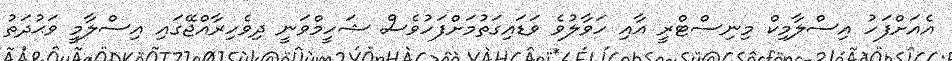
އެއަށްފަހު އިސްލާމިކް މިނިސްޓްރީ އާއި ހަވާލުވެ ވަޑައިގަތުމަށްފަހުވެސް ޝަހީމްވަނީ ދިވެހިރާއްޖޭގައި އިސްލާމީ ވަޙުދަތު